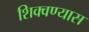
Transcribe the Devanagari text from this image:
शिक्वण्यास